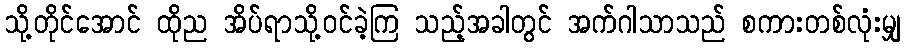
သို့တိုင်အောင် ထိုည အိပ်ရာသို့ဝင်ခဲ့ကြ သည့်အခါတွင် အက်ဂါသာသည် စကားတစ်လုံးမျှ